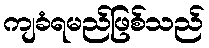
ကျခံရမည်ဖြစ်သည်